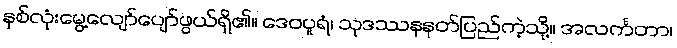
နှစ်လုံးမွေ့လျော်ပျော်ဖွယ်ရှိ၏။ ဒေဝပူရံ၊ သုဒဿနနတ်ပြည်ကဲ့သို့။ အလင်္ကတာ၊